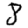
Digit: 8